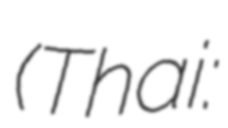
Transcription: (Thai: สุภาพ